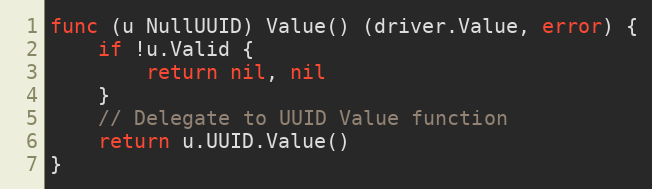
Language: Go
func (u NullUUID) Value() (driver.Value, error) {
	if !u.Valid {
		return nil, nil
	}
	// Delegate to UUID Value function
	return u.UUID.Value()
}